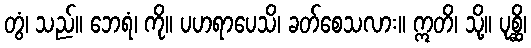
တွံ၊ သည်။ ဘေရံ၊ ကို။ ပဟရာပေသိ၊ ခတ်စေသလား။ ဣတိ၊ သို့။ ပုစ္ဆိ၊